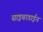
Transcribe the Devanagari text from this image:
साइबरडाईन